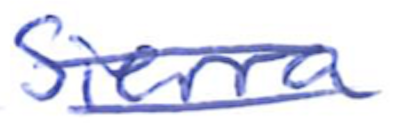
Text: Sierra
Cross-out: double-line
Writing tool: ballpoint